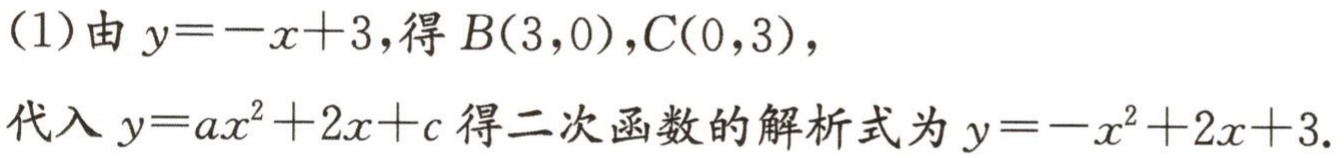
(1)由\(y = -x + 3\)，得\(B(3,0)\)，\(C(0,3)\)，
代入\(y = ax^{2}+2x + c\)得二次函数的解析式为\(y=-x^{2}+2x + 3\).